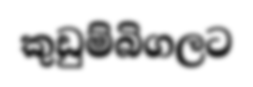
කුඩුම්බිගලට